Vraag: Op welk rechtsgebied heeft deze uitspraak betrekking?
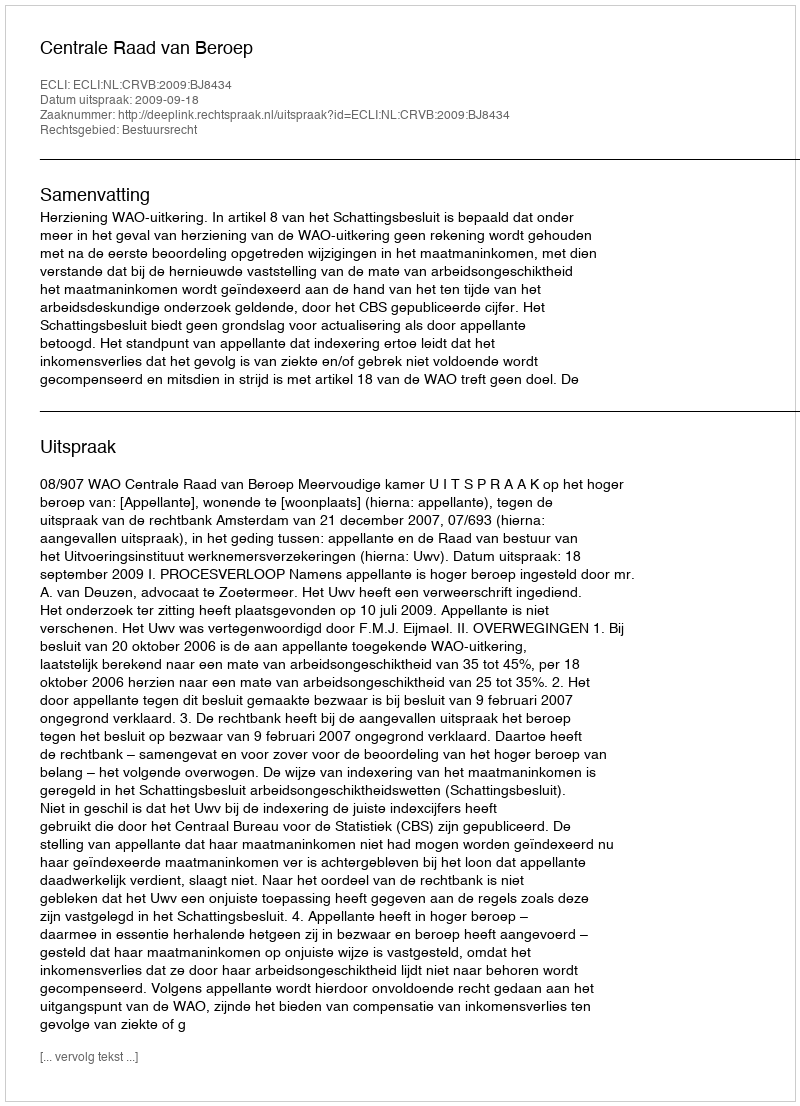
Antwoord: Bestuursrecht